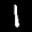
Label: 1